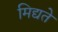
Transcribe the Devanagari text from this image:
मिद्यते